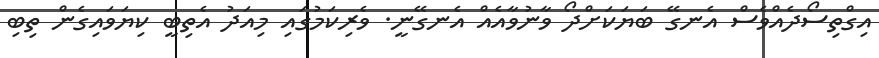
އިގްތިސޯދެއްވެސް އެނގޭ ބަޔަކަށްދޯ ވާނުވާއެއް އެނގޭނީ. ވެރިކަމުގައި މިއަދު އެތިބީ ކިޔަވައިގެން ތިބި